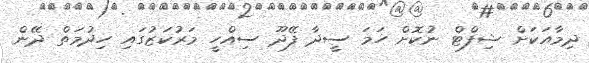
ދިމާއަކަށް ޝިފްޓް ނުކޮށް ހަމަ ސީދާ ފޭދޫ ސިއްހީ މަރުކަޒުގައި ހިދުމަތް ދޭން